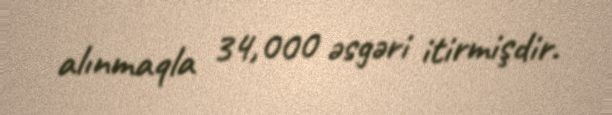
alınmaqla 34,000 əsgəri itirmişdir.